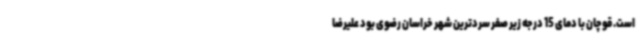
است. قوچان با دمای 15 درجه زیر صفر سردترین شهر خراسان رضوی بود علیرضا